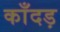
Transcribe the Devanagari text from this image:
काँदड़